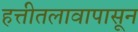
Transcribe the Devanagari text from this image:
हत्तीतलावापासून